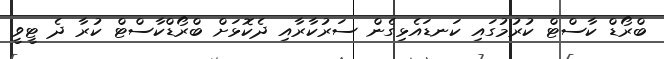
ބްރޯޑް ކާސްޓް ކުރުމުގައި ކަނޑައެޅިގެން ސަރުކާރާއި ދެކޮޅަށް ބްރޯޑްކާސްޓް ކުރާ ދެ ޓީވީ